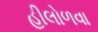
હીલોળવા